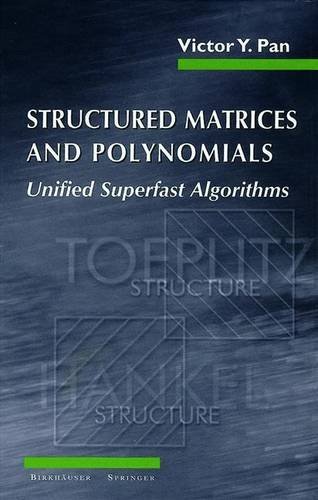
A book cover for Structured Matrices and Polynomials: Unified Superfast Algorithms; Victor Pan; Science & Math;